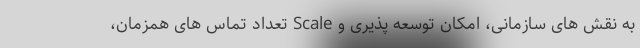
به نقش های سازمانی، امکان توسعه پذیری و Scale تعداد تماس های همزمان،